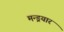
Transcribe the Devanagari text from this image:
मन्ड्रयार